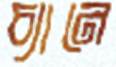
চ্যানে